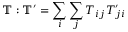
\mathbb { T } : \mathbb { T ^ { \prime } } = \sum _ { i } \sum _ { j } T _ { i j } T _ { j i } ^ { \prime }